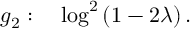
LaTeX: g _ { 2 } : \quad \log ^ { 2 } \left( 1 - 2 \lambda \right) .